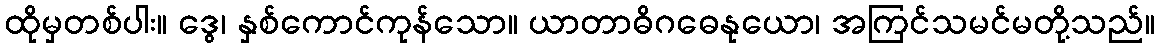
ထိုမှတစ်ပါး။ ဒွေ၊ နှစ်ကောင်ကုန်သော။ ယာတာဓိဂဓေနုယော၊ အကြင်သမင်မတို့သည်။